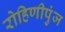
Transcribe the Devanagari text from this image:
रोहिणीपुंज